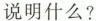
说明什么?